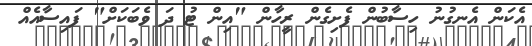
އެކަން އެނގުނު ހިސާބުން ފެށިގެން ރީހާން "އިން ޓު ދަ ވެބަކަށް" ފައިސާއެއް